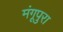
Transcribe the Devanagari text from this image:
मंगूपुरा